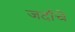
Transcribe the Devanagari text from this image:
जर्दाचे